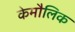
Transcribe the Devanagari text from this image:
केमौलिक